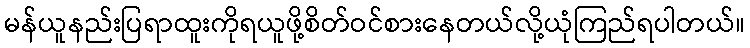
မန်ယူနည်းပြရာထူးကိုရယူဖို့စိတ်ဝင်စားနေတယ်လို့ယုံကြည်ရပါတယ်။